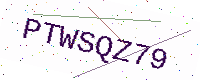
Text: PTWSQZ79